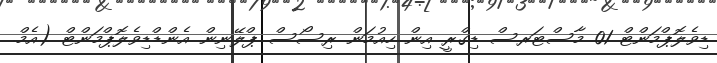
ޑިވެލޮޕްމަންޓް 01 މާސްޓަރސް ޑިގްރީ އިން ހިއުމަން ރިސޯސް ޕްލޭނިން އެންޑްޑިވެލޮޕްމަންޓް (އެމް.